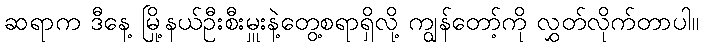
ဆရာက ဒီနေ့ မြို့နယ်ဦးစီးမှူးနဲ့တွေ့စရာရှိလို့ ကျွန်တော့်ကို လွှတ်လိုက်တာပါ။